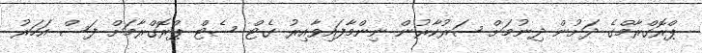
ޕްރޮގްރާމްގެ ދަށުން ދިނުމަށް ސަރުކާރުން ނިންމާފައިވާއިރު ގެޓް ސެޓް ޕްރޮގްރާމަށް ފަސް އަހަރު